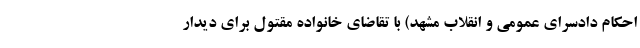
احکام دادسرای عمومی و انقلاب مشهد) با تقاضای خانواده مقتول برای دیدار